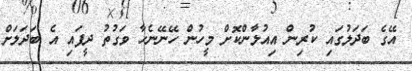
އޭގެ ބަދަލުގައި ކުރިން އިއުލާންކޮށް މީހުން ހޭނޭނެހާ ވަގުތު ދީފައި އެ ބަދަލަށް